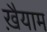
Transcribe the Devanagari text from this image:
ख़ैयाम